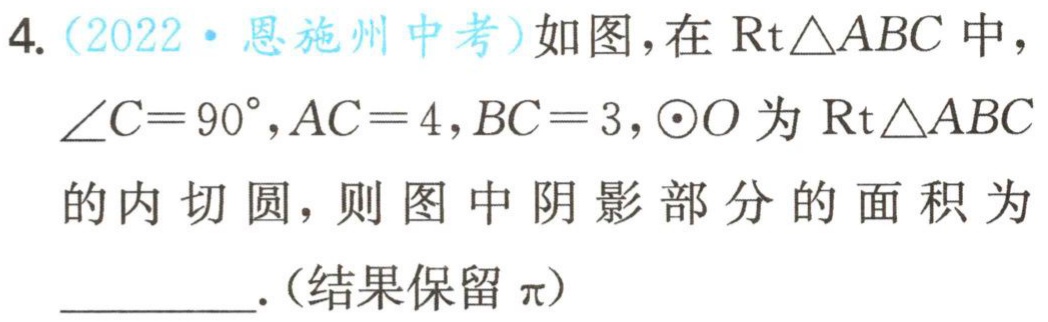
4.（2022·恩施州中考）如图，在$\mathrm{R}\mathrm{t}\triangle ABC$中，$\angle C = 90^{\circ},AC = 4,BC = 3,\odot O$为$\mathrm{R}\mathrm{t}\triangle ABC$的内切圆，则图中阴影部分的面积为________.（结果保留$\pi$）